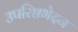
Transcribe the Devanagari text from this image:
उपरिष्ठभेदन